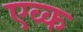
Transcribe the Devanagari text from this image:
एव्क